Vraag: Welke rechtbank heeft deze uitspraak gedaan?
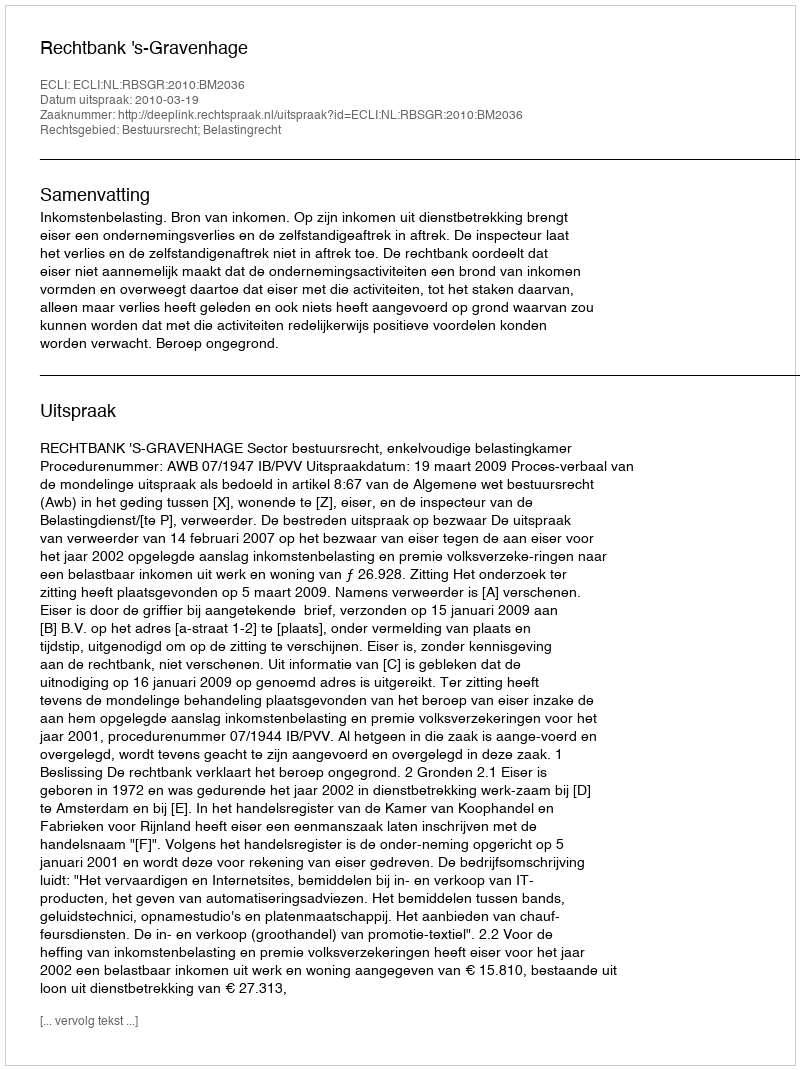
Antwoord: Rechtbank 's-Gravenhage